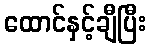
ထောင်နှင့်ချီပြီး